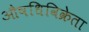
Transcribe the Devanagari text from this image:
औषधिविक्रेता